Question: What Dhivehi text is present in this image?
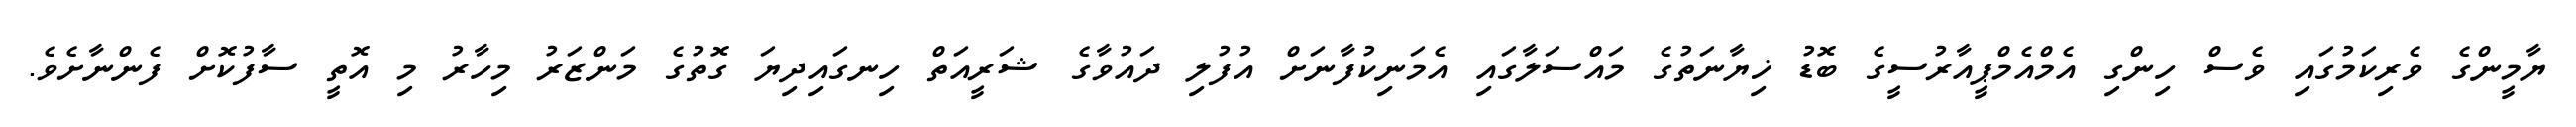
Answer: ޔާމީންގެ ވެރިކަމުގައި ވެސް ހިންގި އެމްއެމްޕީއާރުސީގެ ބޮޑު ޚިޔާނަތުގެ މައްސަލާގައި އެމަނިކުފާނަށް އުފުލި ދައުވާގެ ޝަރީއަތް ހިނގައިދިޔަ ގޮތުގެ މަންޒަރު މިހާރު މި އޮތީ ސާފުކޮށް ފެންނާށެވެ.